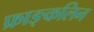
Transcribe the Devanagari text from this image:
फ्राङ्कलिन